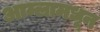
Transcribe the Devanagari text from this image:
आम्लामधून